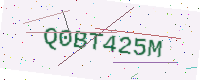
Text: Q0BT425M